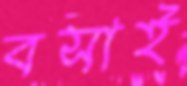
বসাই